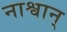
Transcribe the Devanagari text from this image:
नाश्वान्‌